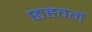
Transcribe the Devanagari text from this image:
छहवर्ग